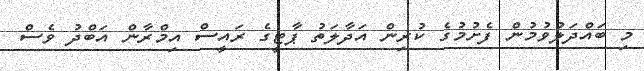
މި ބައްދަލުވުމުން ފެށުމުގެ ކުރިން އަދާލަތު ޕާޓީގެ ރައީސް އިމްރާން އަބްދު ވެސް